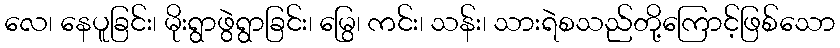
လေ၊ နေပူခြင်း၊ မိုးရွာဖွဲရွာခြင်း၊ မြွေ၊ ကင်း၊ သန်း၊ သားရဲစသည်တို့ကြောင့်ဖြစ်သော